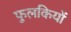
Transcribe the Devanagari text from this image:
फुलकियों